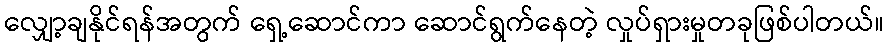
လျှော့ချနိုင်ရန်အတွက် ရှေ့ဆောင်ကာ ဆောင်ရွက်နေတဲ့ လှုပ်ရှားမှုတခုဖြစ်ပါတယ်။